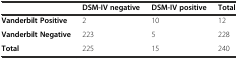
<table><thead><tr><td></td><td><b>DSM-IV negative</b></td><td><b>DSM-IV positive</b></td><td><b>Total</b></td></tr></thead><tbody><tr><td><b>Vanderbilt Positive</b></td><td>2</td><td>10</td><td>12</td></tr><tr><td><b>Vanderbilt Negative</b></td><td>223</td><td>5</td><td>228</td></tr><tr><td><b>Total</b></td><td>225</td><td>15</td><td>240</td></tr></tbody></table>